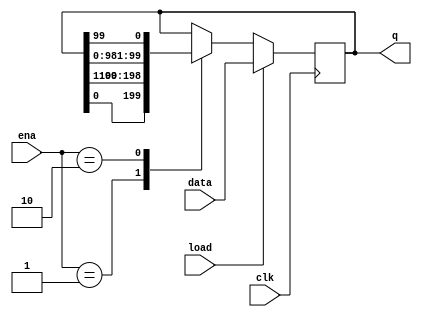
// https://hdlbits.01xz.net/wiki/Rotate100
// debug code: shift in the shifted out bit.
module top_module(
    input clk,
    input load,
    input [1:0] ena,
    input [99:0] data,
    output reg [99:0] q); 
    always@(posedge clk)begin
        if(load) q <= data;
        else begin
            case (ena)
                2'b01: q <= {q[0],q[99:1]};
                2'b10: q <= {q[98:0],q[99]};
                default: q <= q;
            endcase
        end
    end

endmodule